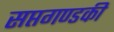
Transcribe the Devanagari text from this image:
सप्तगण्डकी